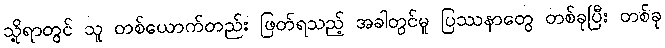
သို့ရာတွင် သူ တစ်ယောက်တည်း ဖြတ်ရသည့် အခါတွင်မူ ပြဿနာတွေ တစ်ခုပြီး တစ်ခု